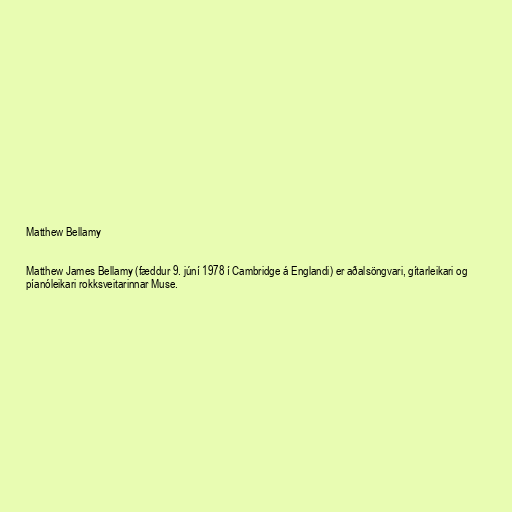
Matthew Bellamy

Matthew James Bellamy (fæddur 9. júní 1978 í Cambridge á Englandi) er aðalsöngvari, gítarleikari og
píanóleikari rokksveitarinnar Muse.